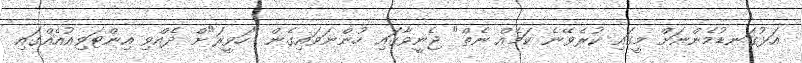
އަޅުގަނޑުމެންނަށް މީގައި ކުރެވޭނެ ކަމެއް ނެތް" ޖެނީވާގައި ހުންނަވައިގެން "ހަވީރަ"ށް ދެއްވި އިންޓަވިއުއެއްގައި